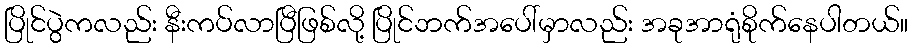
ပြိုင်ပွဲကလည်း နီးကပ်လာပြီဖြစ်လို့ ပြိုင်ဘက်အပေါ်မှာလည်း အခုအာရုံစိုက်နေပါတယ်။